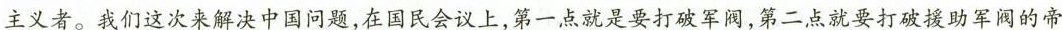
主义者。我们这次来解决中国问题，在国民会议上，第一点就是要打破军阀，第二点就要打破援助军阀的帝